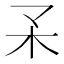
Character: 𣎼